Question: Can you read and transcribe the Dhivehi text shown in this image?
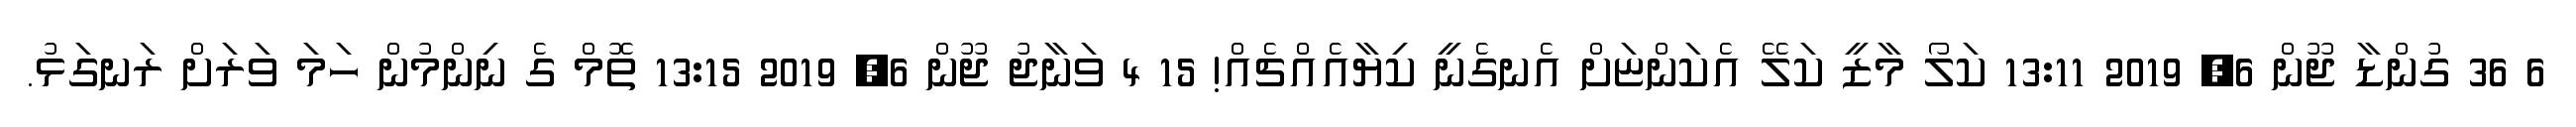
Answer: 6 36 ގުންޑާ ޖޫން 6, 2019 13:11 ކަލޯ މާޒީ ކަލޭ އެކަންޏަށް އެނގެނީ ކިޔާއެއްޗެއް! 15 4 ވަނާޖު ޖޫން 6, 2019 13:15 ތޮމް ގެ ނިންމުން ހަމަ ވަރަށް ރަނގަޅު.